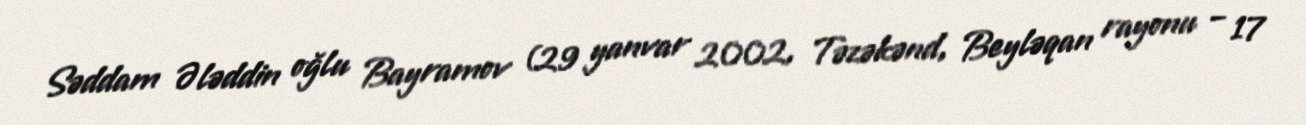
Səddam Ələddin oğlu Bayramov (29 yanvar 2002, Təzəkənd, Beyləqan rayonu – 17